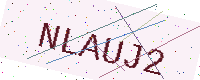
Text: NLAUJ2